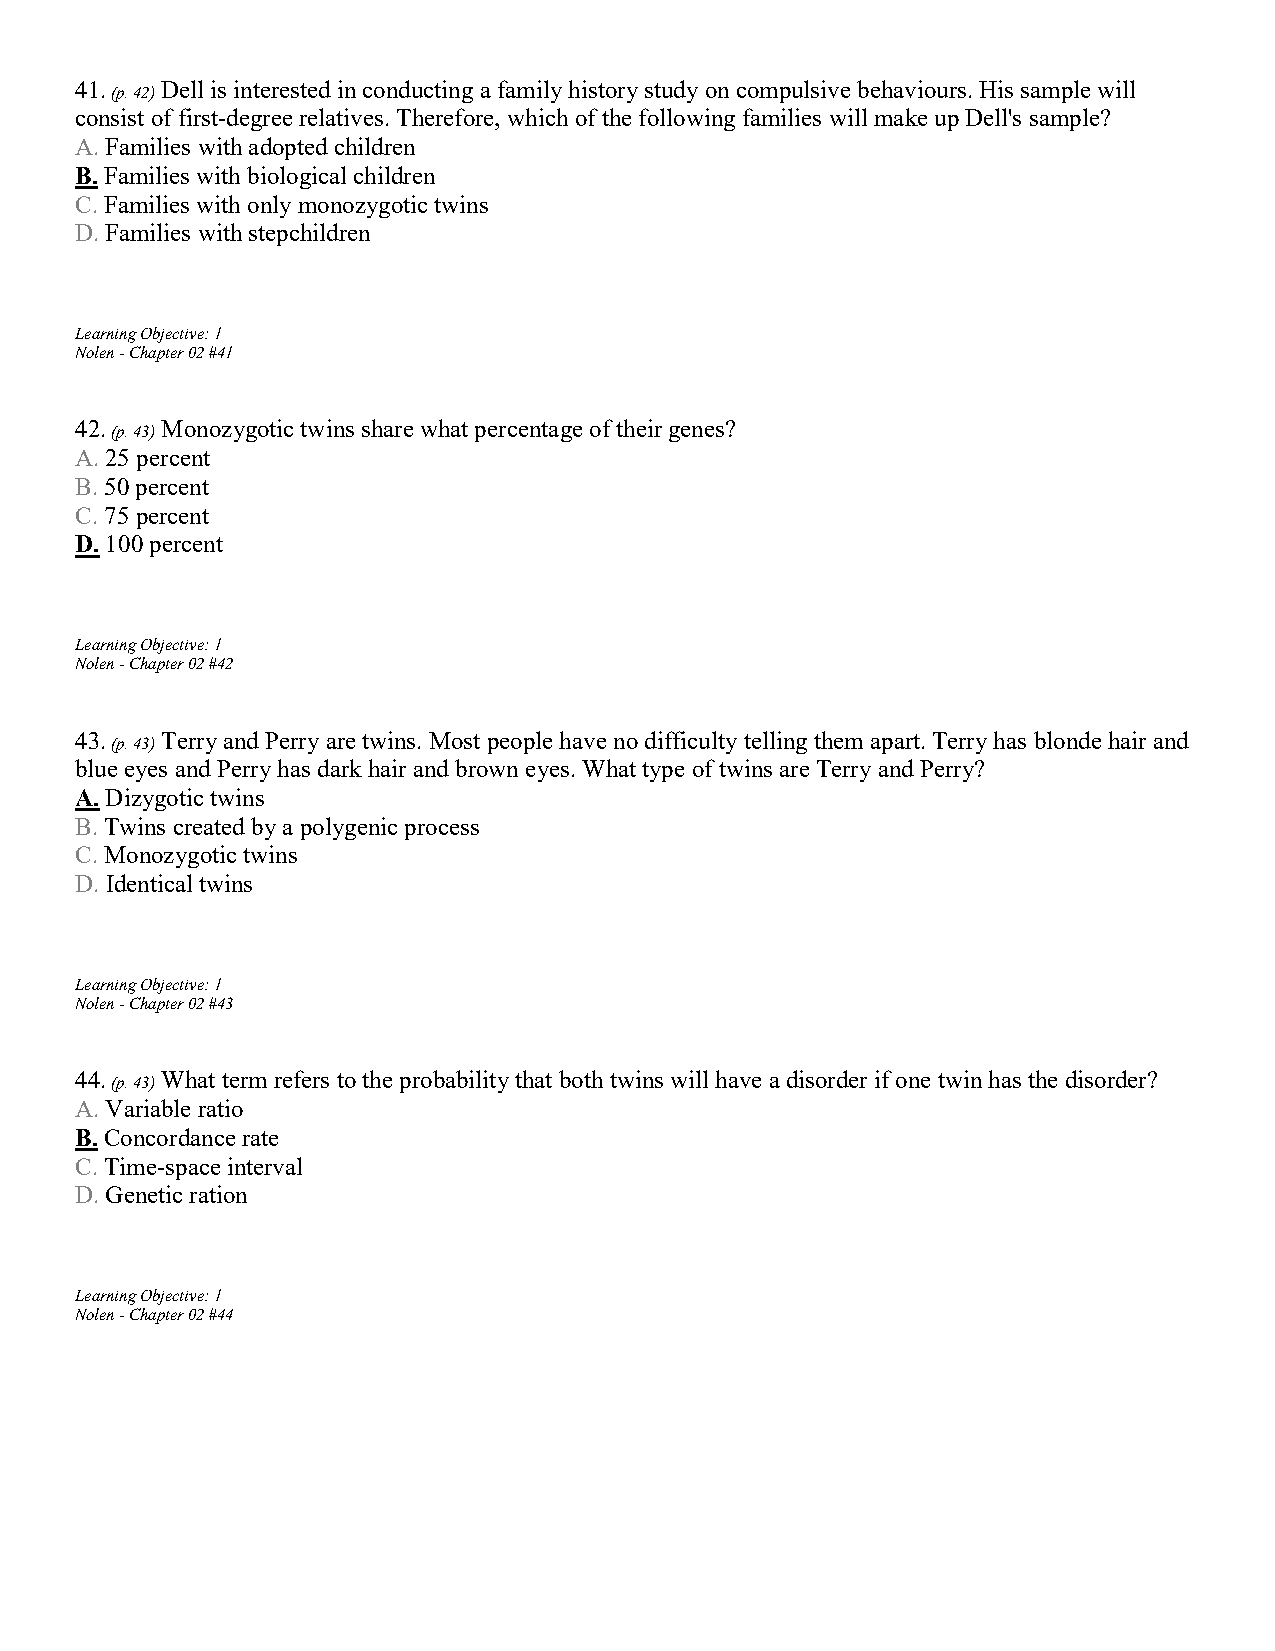
41.   Dell is interested in conducting a family history study on compulsive behaviours. His sample will
 (p. 42)
 consist of first-degree relatives. Therefore, which of the following families will make up Dell's sample?
 A. Families with adopted children
 B. Families with biological children
 C. Families with only monozygotic twins
 D. Families with stepchildren
 Learning Objective: 1
 Nolen - Chapter 02 #41
 42.   Monozygotic twins share what percentage of their genes?
 (p. 43)
 A. 25 percent
 B. 50 percent
 C. 75 percent
 D. 100 percent
 Learning Objective: 1
 Nolen - Chapter 02 #42
 43.   Terry and Perry are twins. Most people have no difficulty telling them apart. Terry has blonde hair and
 (p. 43)
 blue eyes and Perry has dark hair and brown eyes. What type of twins are Terry and Perry?
 A. Dizygotic twins
 B. Twins created by a polygenic process
 C. Monozygotic twins
 D. Identical twins
 Learning Objective: 1
 Nolen - Chapter 02 #43
 44.   What term refers to the probability that both twins will have a disorder if one twin has the disorder?
 (p. 43)
 A. Variable ratio
 B. Concordance rate
 C. Time-space interval
 D. Genetic ration
 Learning Objective: 1
 Nolen - Chapter 02 #44